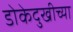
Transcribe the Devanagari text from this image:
डोकेदुखीच्या